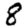
Digit: 8